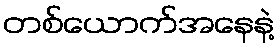
တစ်ယောက်အနေနဲ့